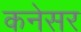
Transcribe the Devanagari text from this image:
कनेसर